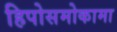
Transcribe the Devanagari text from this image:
हिपोसमोकामा